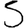
Digit: 5